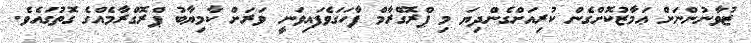
ޒުވާނުންނަށް ޢަމާޒުކޮށްގެން ކުރިއަށްގެންދިޔަ މި ޕްރޮގްރާމް ފާހަގަވެފައިވަނީ ވަރަށް ކާމިޔާބު ޕްރޮގްރާމެއްގެ ގޮތުގައެވެ.